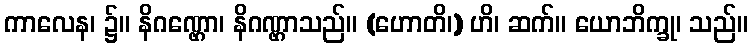
ကာလေန၊ ၌။ နိဂဏ္ဌော၊ နိဂဏ္ဌာသည်။ (ဟောတိ၊) ဟိ၊ ဆက်။ ယောဘိက္ခု၊ သည်။